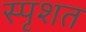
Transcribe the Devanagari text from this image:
स्पृशत